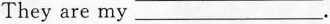
They are my___.